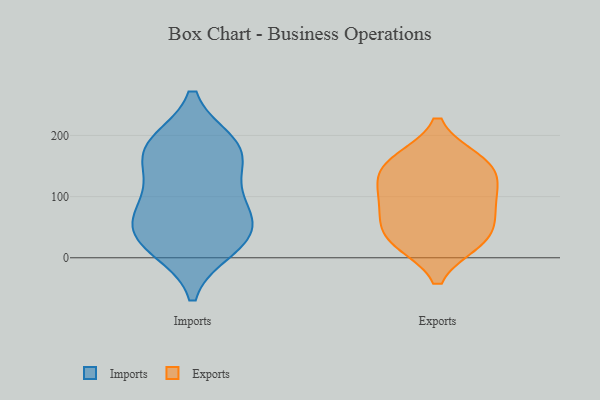
{"axis": {"x": "Customer Acquisition Cost (USD)", "y": "Value"}, "legend": ["Exports", "Imports"], "data": [{"x": "", "y": 178, "type": "Imports"}, {"x": "", "y": 175, "type": "Imports"}, {"x": "", "y": 168, "type": "Imports"}, {"x": "", "y": 42, "type": "Imports"}, {"x": "", "y": 71, "type": "Imports"}, {"x": "", "y": 185, "type": "Imports"}, {"x": "", "y": 17, "type": "Imports"}, {"x": "", "y": 89, "type": "Imports"}, {"x": "", "y": 42, "type": "Imports"}, {"x": "", "y": 111, "type": "Imports"}, {"x": "", "y": 26, "type": "Imports"}, {"x": "", "y": 158, "type": "Exports"}, {"x": "", "y": 70, "type": "Exports"}, {"x": "", "y": 149, "type": "Exports"}, {"x": "", "y": 27, "type": "Exports"}, {"x": "", "y": 121, "type": "Exports"}, {"x": "", "y": 154, "type": "Exports"}, {"x": "", "y": 35, "type": "Exports"}, {"x": "", "y": 84, "type": "Exports"}, {"x": "", "y": 29, "type": "Exports"}, {"x": "", "y": 103, "type": "Exports"}]}